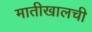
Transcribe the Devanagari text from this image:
मातीखालची